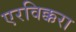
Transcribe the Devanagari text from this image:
एरविक्करा